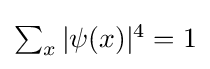
{\textstyle \sum _{x}|\psi (x)|^{4}=1}